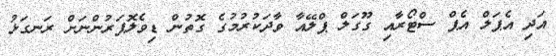
އަދި އެޕަލް އެޕް ސްޓޯރާއި ގޫގަލް ޕްލޭއާ ވާދަކުރުމުގެ ގޮތުން ޑިވެލޮޕަރުންނަށް ރަނގަޅު